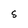
Character: S